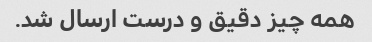
همه چیز دقیق و درست ارسال شد.